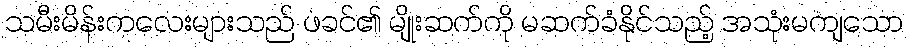
သမီးမိန်းကလေးများသည် ဖခင်၏ မျိုးဆက်ကို မဆက်ခံနိုင်သည့် အသုံးမကျသော